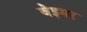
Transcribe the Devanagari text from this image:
वेइमर